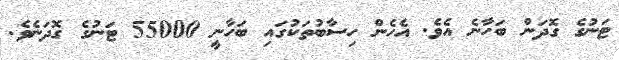
ޓަނުގެ ގޮދަން ބަހާނެ އެވެ. އެހެން ހިސާބުތަކުގައި ބަހާނީ 55000 ޓަނުގެ ގޮދަނެވެ.